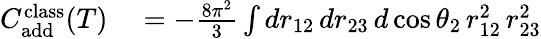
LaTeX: \begin{array}{rl}{C_{\mathrm{add}}^{\mathrm{class}}(T)}&{{}=-\frac{8\pi^{2}}{3}\int dr_{12}\, dr_{23}\, d\cos{\theta_{2}}\, r_{12}^{2}\, r_{23}^{2}}\end{array}